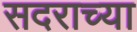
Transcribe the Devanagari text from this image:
सदराच्या